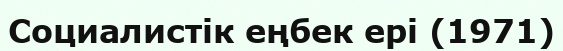
Социалистік еңбек ері (1971)